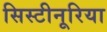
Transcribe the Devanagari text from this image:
सिस्टीनूरिया